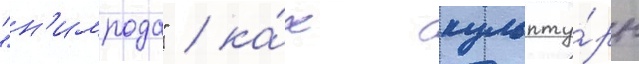
"н'имрода" / ка́к скульпту́ры